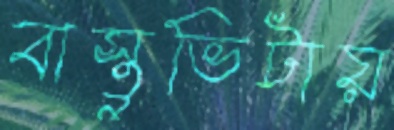
বাস্তুভিটায়